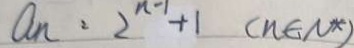
a _ { n } = 2 ^ { n - 1 } + 1 ( n \in N \ast )